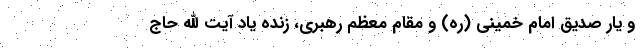
و یار صدیق امام خمینی (ره) و مقام معظم رهبری، زنده یاد آیت الله حاج